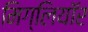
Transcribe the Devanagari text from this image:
मिग्लियॉर